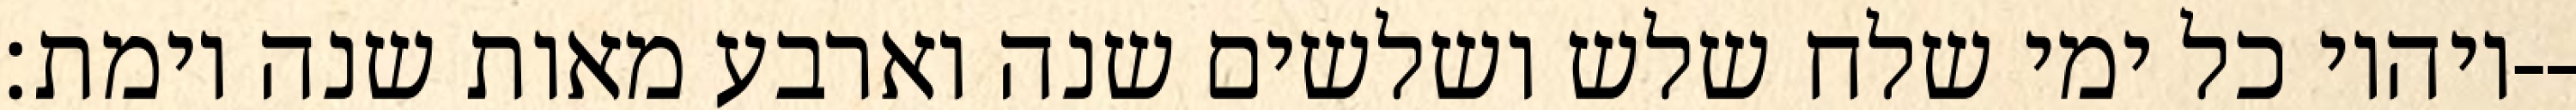
ויהיו כל ימי שלח שלש ושלשים שנה וארבע מאות שנה וימת׃--